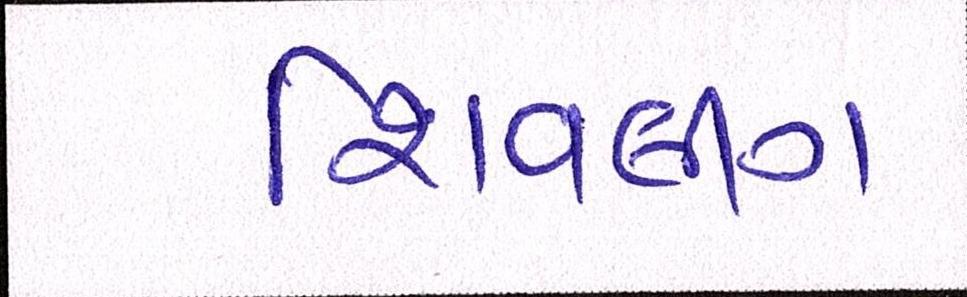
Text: શિવલીંગ